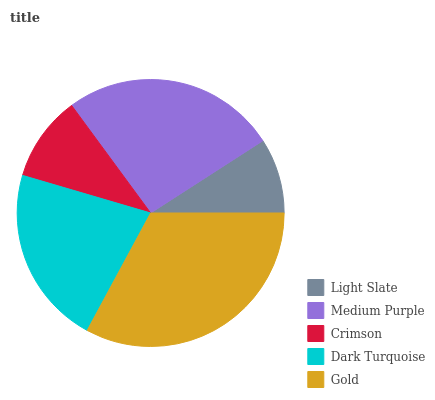
| Light Slate | Medium Purple | Crimson | Dark Turquoise | Gold |
 | --- | --- | --- | --- | --- |
 | 9.1% | 25.9% | 10.4% | 21.6% | 32.9% |